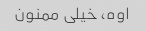
اوه، خیلی ممنون